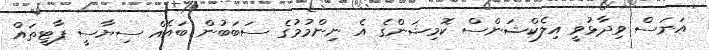
އަނަސް ވިދާޅުވީ އިލެކްޝަންސް ކޮމިޝަންގެ އެ ނިންމުމުގެ ސަބަބުން ބައެއް ސިޔާސީ ޕާޓީތައް